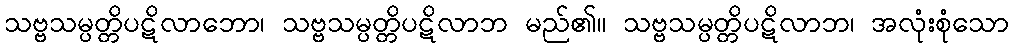
သဗ္ဗသမ္ပတ္တိပဋိလာဘော၊ သဗ္ဗသမ္ပတ္တိပဋိလာဘ မည်၏။ သဗ္ဗသမ္ပတ္တိပဋိလာဘ၊ အလုံးစုံသော